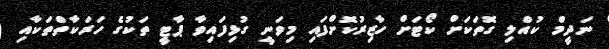
ނަދީމް ކުއްލި ގޮތަކަށް ކޯޓަށް ހާޒިރުކޮށްފައި މިވަނީ ގުޅިފައިވާ ޕާޓީ ތަކުގެ ހަރަކާތްތަކާއި